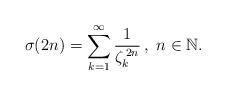
LaTeX: \begin{align*}\sigma(2n)=\sum_{k=1}^{\infty}\frac{1}{\zeta_{k}^{\,2n}}\,,\ n\in\mathbb{N}.\end{align*}